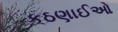
કઠણાઈઓ